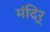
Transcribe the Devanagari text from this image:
मंदिर्